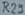
Text: R29